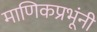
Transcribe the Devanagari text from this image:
माणिकप्रभूंनी